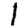
Digit: 1